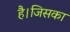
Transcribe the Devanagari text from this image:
है।जिसका